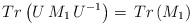
LaTeX: \begin{align*} Tr\left(U\,M_1\,U^{-1}\right)=\,Tr \left( M_1\right) \end{align*}